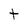
Character: t